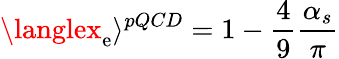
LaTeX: \langlex_{\mathrm{e}}\rangle{}^{pQCD}=1-\frac{{4}}{{9}}\frac{{\alpha_{s}}}{{\pi}}